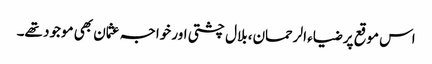
اس موقع پر ضیاء الرحمان، بلال چشتی اور خواجہ عثمان بھی موجود تھے۔